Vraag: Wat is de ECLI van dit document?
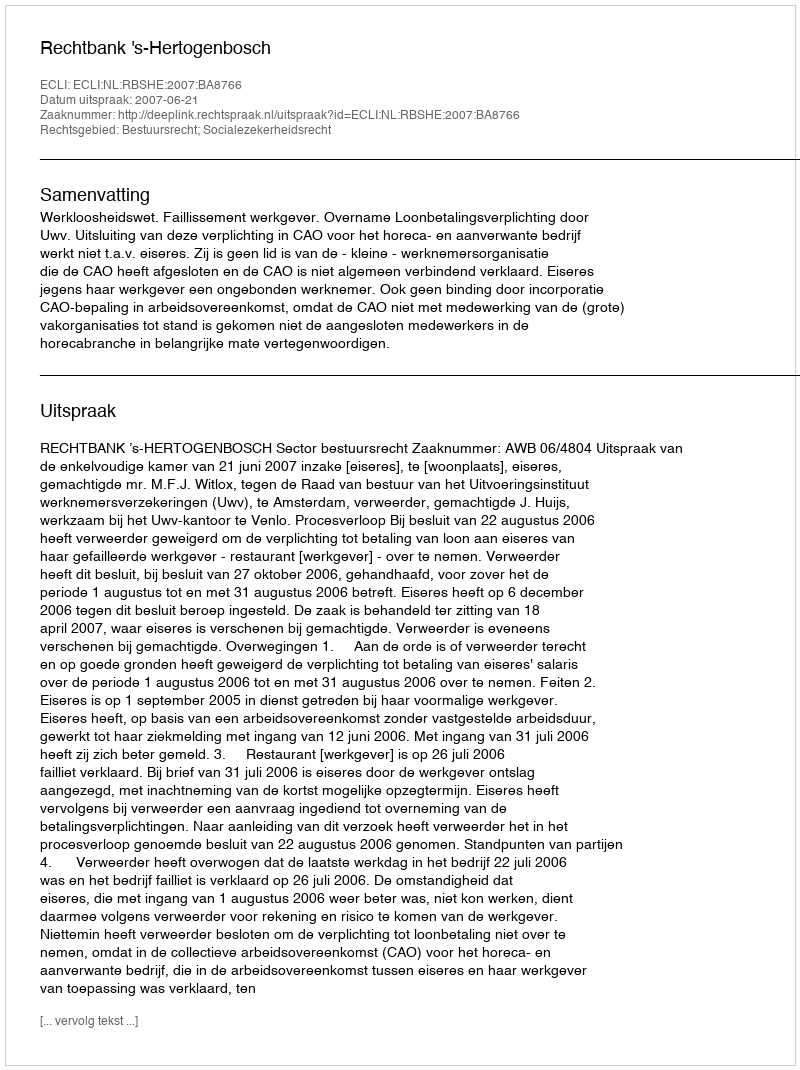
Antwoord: ECLI:NL:RBSHE:2007:BA8766